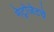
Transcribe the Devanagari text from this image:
मेट्रोजेटचे